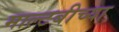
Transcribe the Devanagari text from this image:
माल्टबीच्या